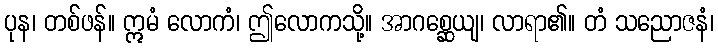
ပုန၊ တစ်ဖန်။ ဣမံ လောကံ၊ ဤလောကသို့။ အာဂစ္ဆေယျ၊ လာရာ၏။ တံ သညောဇနံ၊